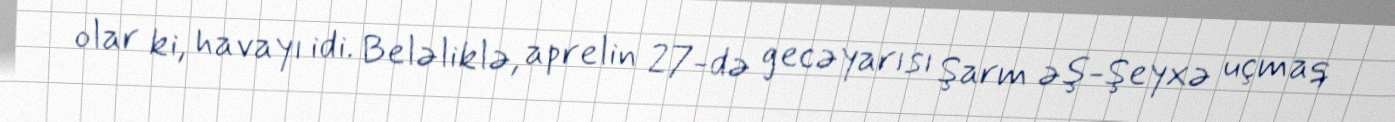
olar ki, havayı idi. Beləliklə, aprelin 27-də gecəyarısı Şarm əş-Şeyxə uçmaq